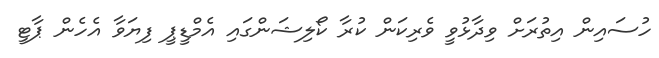
ހުސައިން އިތުރަށް ވިދާޅުވީ ވެރިކަން ކުރާ ކޯލިޝަންގައި އެމްޑީޕީ ފިޔަވާ އެހެން ޕާޓީ